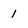
Character: 1